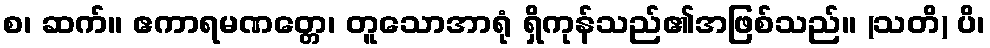
စ၊ ဆက်။ ဧကာရမဏတ္တေ၊ တူသောအာရုံ ရှိကုန်သည်၏အဖြစ်သည်။ (သတိ) ပိ၊